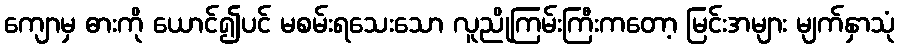
ကျောမှ ဓားကို ယောင်၍ပင် မစမ်းရသေးသော လူညိုကြမ်းကြီးကတော့ မြင်းအများ မျက်နှာသုံ